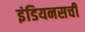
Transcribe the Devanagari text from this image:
इंडियनसची